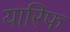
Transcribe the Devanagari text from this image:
यारिफ